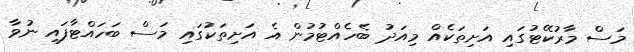
މަސް މާރުކޭޓުގައި އަށިތަކެއް މިއަދު ބެހެއްޓުމުން އެ އަށިތަކުގައި މަސް ބަހައްޓާފައި ނުވާ